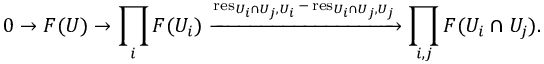
0 \to F ( U ) \to \prod _ { i } F ( U _ { i } ) \xrightarrow { \operatorname { r e s } _ { U _ { i } \cap U _ { j } , U _ { i } } - \operatorname { r e s } _ { U _ { i } \cap U _ { j } , U _ { j } } } \prod _ { i , j } F ( U _ { i } \cap U _ { j } ) .